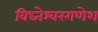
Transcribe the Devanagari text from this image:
विघ्नेश्वरगणेश